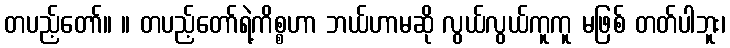
တပည့်တော်။ ။ တပည့်တော်ရဲ့ကိစ္စဟာ ဘယ်ဟာမဆို လွယ်လွယ်ကူကူ မဖြစ် တတ်ပါဘူး၊